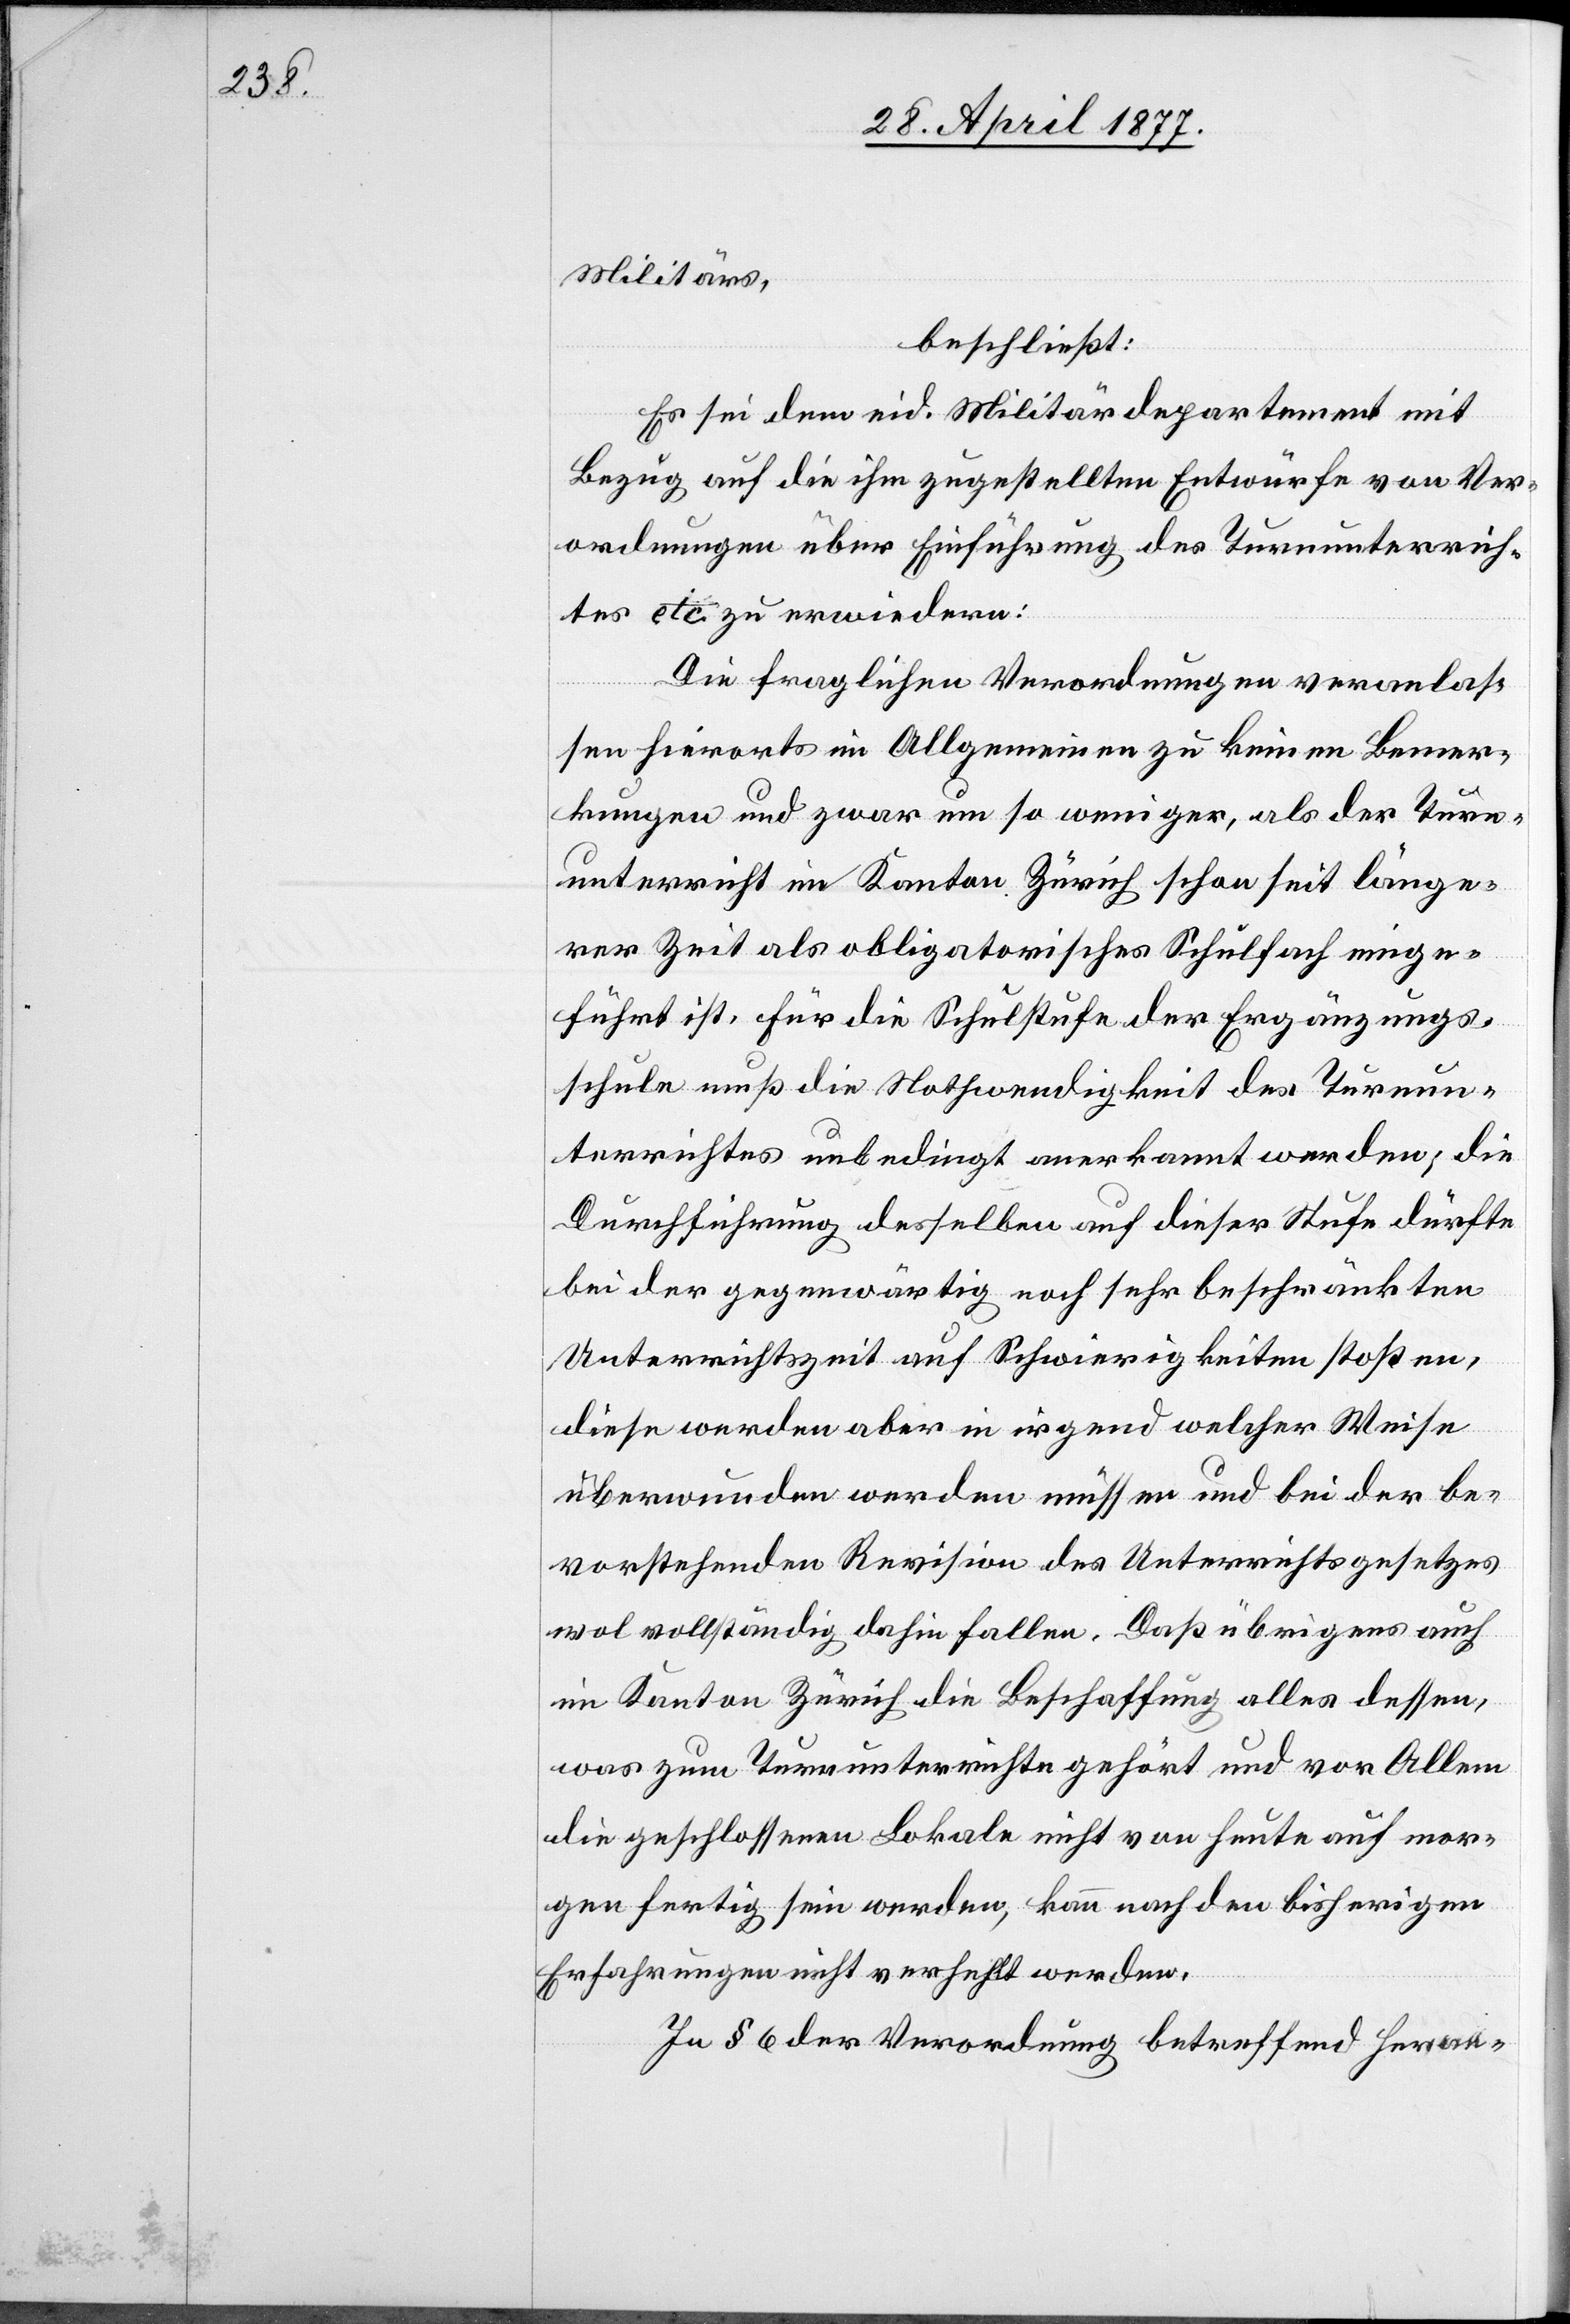
Militärs,
beschließt:
Es sei dem eid. Militärdepartement mit
Bezug auf die ihm zugestellten Entwürfe von Ver¬
ordnungen über Einführung des Turnunterrich¬
tes etc. zu erwiedern:
Die fraglichen Verordnungen veranlas¬
sen hierorts im Allgemeinen zu keinen Bemer¬
kungen und zwar um so weniger, als der Turn¬
unterricht im Kanton Zürich schon seit länge¬
rer Zeit als obligatorisches Schulfach einge¬
führt ist. Für die Schulstufe der Ergänzungs¬
schule muß die Nothwendigkeit des Turnun¬
terrichtes unbedingt anerkannt werden; die
Durchführung desselben auf dieser Stufe dürfte
bei der gegenwärtig noch sehr beschränkten
Unterrichtszeit auf Schwierigkeiten stoßen,
diese werden aber in irgend welcher Weise
überwunden werden müssen und bei der be¬
vorstehenden Revision des Unterrichtsgesetzes
wol vollständig dahin fallen. Daß übrigens auch
im Kanton Zürich die Beschaffung alles dessen,
was zum Turnunterrichte gehört und vor Allem
die geschlossenen Lokale nicht von heute auf mor¬
gen fertig sein werden, kann nach den bisherigen
Erfahrungen nicht verfehlt werden.
In § 6 der Verordnung betreffend Heran-